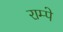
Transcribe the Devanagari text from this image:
राम्पे